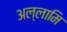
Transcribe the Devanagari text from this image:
अल्लामि